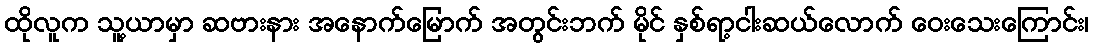
ထိုလူက သူ့ယာမှာ ဆဗားနား အနောက်မြောက် အတွင်းဘက် မိုင် နှစ်ရာ့ငါးဆယ်လောက် ဝေးသေးကြောင်း၊